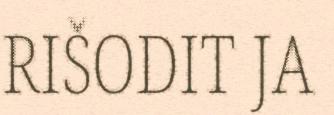
RIŠODIT JA